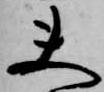
夫